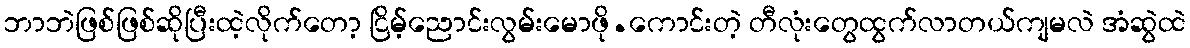
ဘာဘဲဖြစ်ဖြစ်ဆိုပြီးထဲ့လိုက်တော့ ငြိမ့်ညောင်းလွမ်းမောဖို.ကောင်းတဲ့ တီလုံးတွေထွက်လာတယ်ကျမလဲ အံဆွဲထဲ